Civil Veterinary Department Bihar reports 1936-40 - 1936-1940
Year: 1936
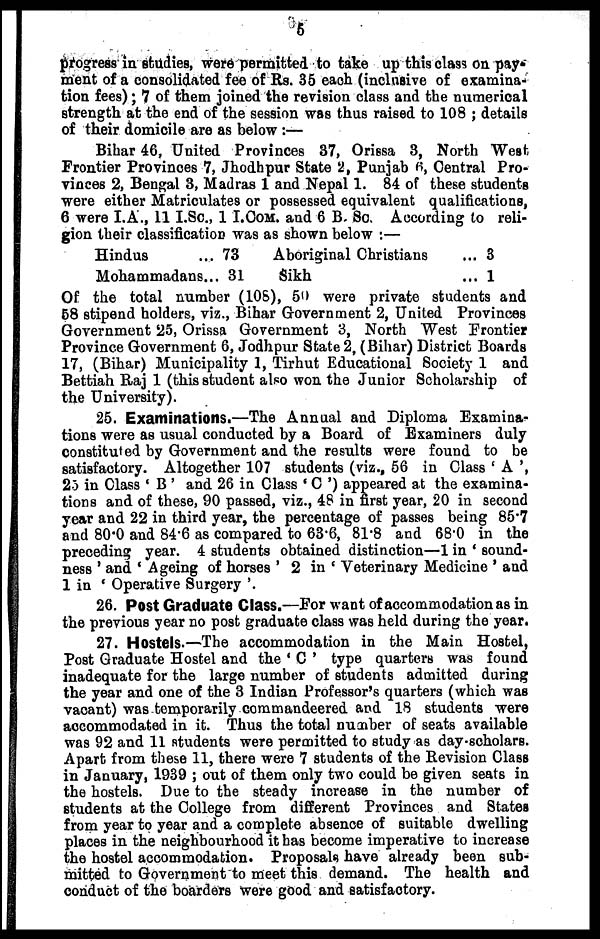
6
progress in studies, were permitted to take up this class on pay-
ment of a consolidated fee of Rs. 35 each (inclusive of examina-
tion fees); 7 of them joined the revision class and the numerical
strength at the end of the session was thus raised to 108; details
of their domicile are as below :—
Bihar 46, United Provinces 37, Orissa 3, North West
Frontier Provinces 7, Jhodhpur State 2, Punjab 6, Central Pro-
vinces 2, Bengal 3, Madras 1 and Nepal 1. 84 of these students
were either Matriculates or possessed equivalent qualifications,
6 were I.A., 11 I.Sc, 1 I.COM. and 6 B. Sc. According to reli-
gion their classification was as shown below :—
Hindus
... 73
Aboriginal Christians
... 3
Mohammadans... 31
Sikh
... 1
Of the total number (108), 50 were private students and
58 stipend holders, viz., Bihar Government 2, United Provinces
Government 25, Orissa Government 3, North West Frontier
Province Government 6, Jodhpur State 2, (Bihar) District Boards
17, (Bihar) Municipality 1, Tirhut Educational Society 1 and
Bettiah Raj 1 (this student also won the Junior Scholarship of
the University).
25. Examinations.—The Annual and Diploma Examina-
tions were as usual conducted by a Board of Examiners duly
constituted by Government and the results were found to be
satisfactory. Altogether 107 students (viz., 56 in Class 'A',
25 in Class 'B' and 26 in Class 'C') appeared at the examina-
tions and of these, 90 passed, viz., 48 in first year, 20 in second
year and 22 in third year, the percentage of passes being 85.7
and 80.0 and 84.6 as compared to 63.6, 81.8 and 68.0 in the
preceding year. 4 students obtained distinction—1 in 'sound-
ness' and 'Ageing of horses' 2 in 'Veterinary Medicine' and
1 in 'Operative Surgery'.
26. Post Graduate Class.—For want of accommodation as in
the previous year no post graduate class was held during the year.
27. Hostels.—The accommodation in the Main Hostel,
Post Graduate Hostel and the 'C' type quarters was found
inadequate for the large number of students admitted during
the year and one of the 3 Indian Professor's quarters (which was
vacant) was temporarily commandeered and 18 students were
accommodated in it. Thus the total number of seats available
was 92 and 11 students were permitted to study as day. scholars.
Apart from these 11, there were 7 students of the Revision Class
in January, 1939 ; out of them only two could be given seats in
the hostels. Due to the steady increase in the number of
students at the College from different Provinces and States
from year to year and a complete absence of suitable dwelling
places in the neighbourhood it has become imperative to increase
the hostel accommodation. Proposals have already been sub-
mitted to Government to meet this demand. The health and
conduct of the boarders were good and satisfactory.